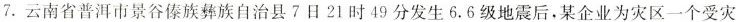
7.云南省普洱市景谷傣族彝族自治县7日21时49分发生6.6级地震后，某企业为灾区一个受灾